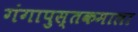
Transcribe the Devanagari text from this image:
गंगापुस्तकमाला